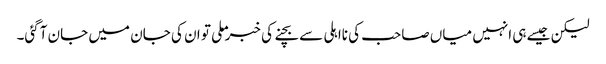
لیکن جیسے ہی انہیں میاں صاحب کی نااہلی سے بچنے کی خبر ملی تو ان کی جان میں جان آگئی۔